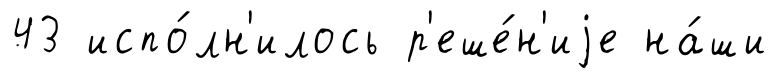
43 испо́лн'илось р'еше́н'иjе на́ши